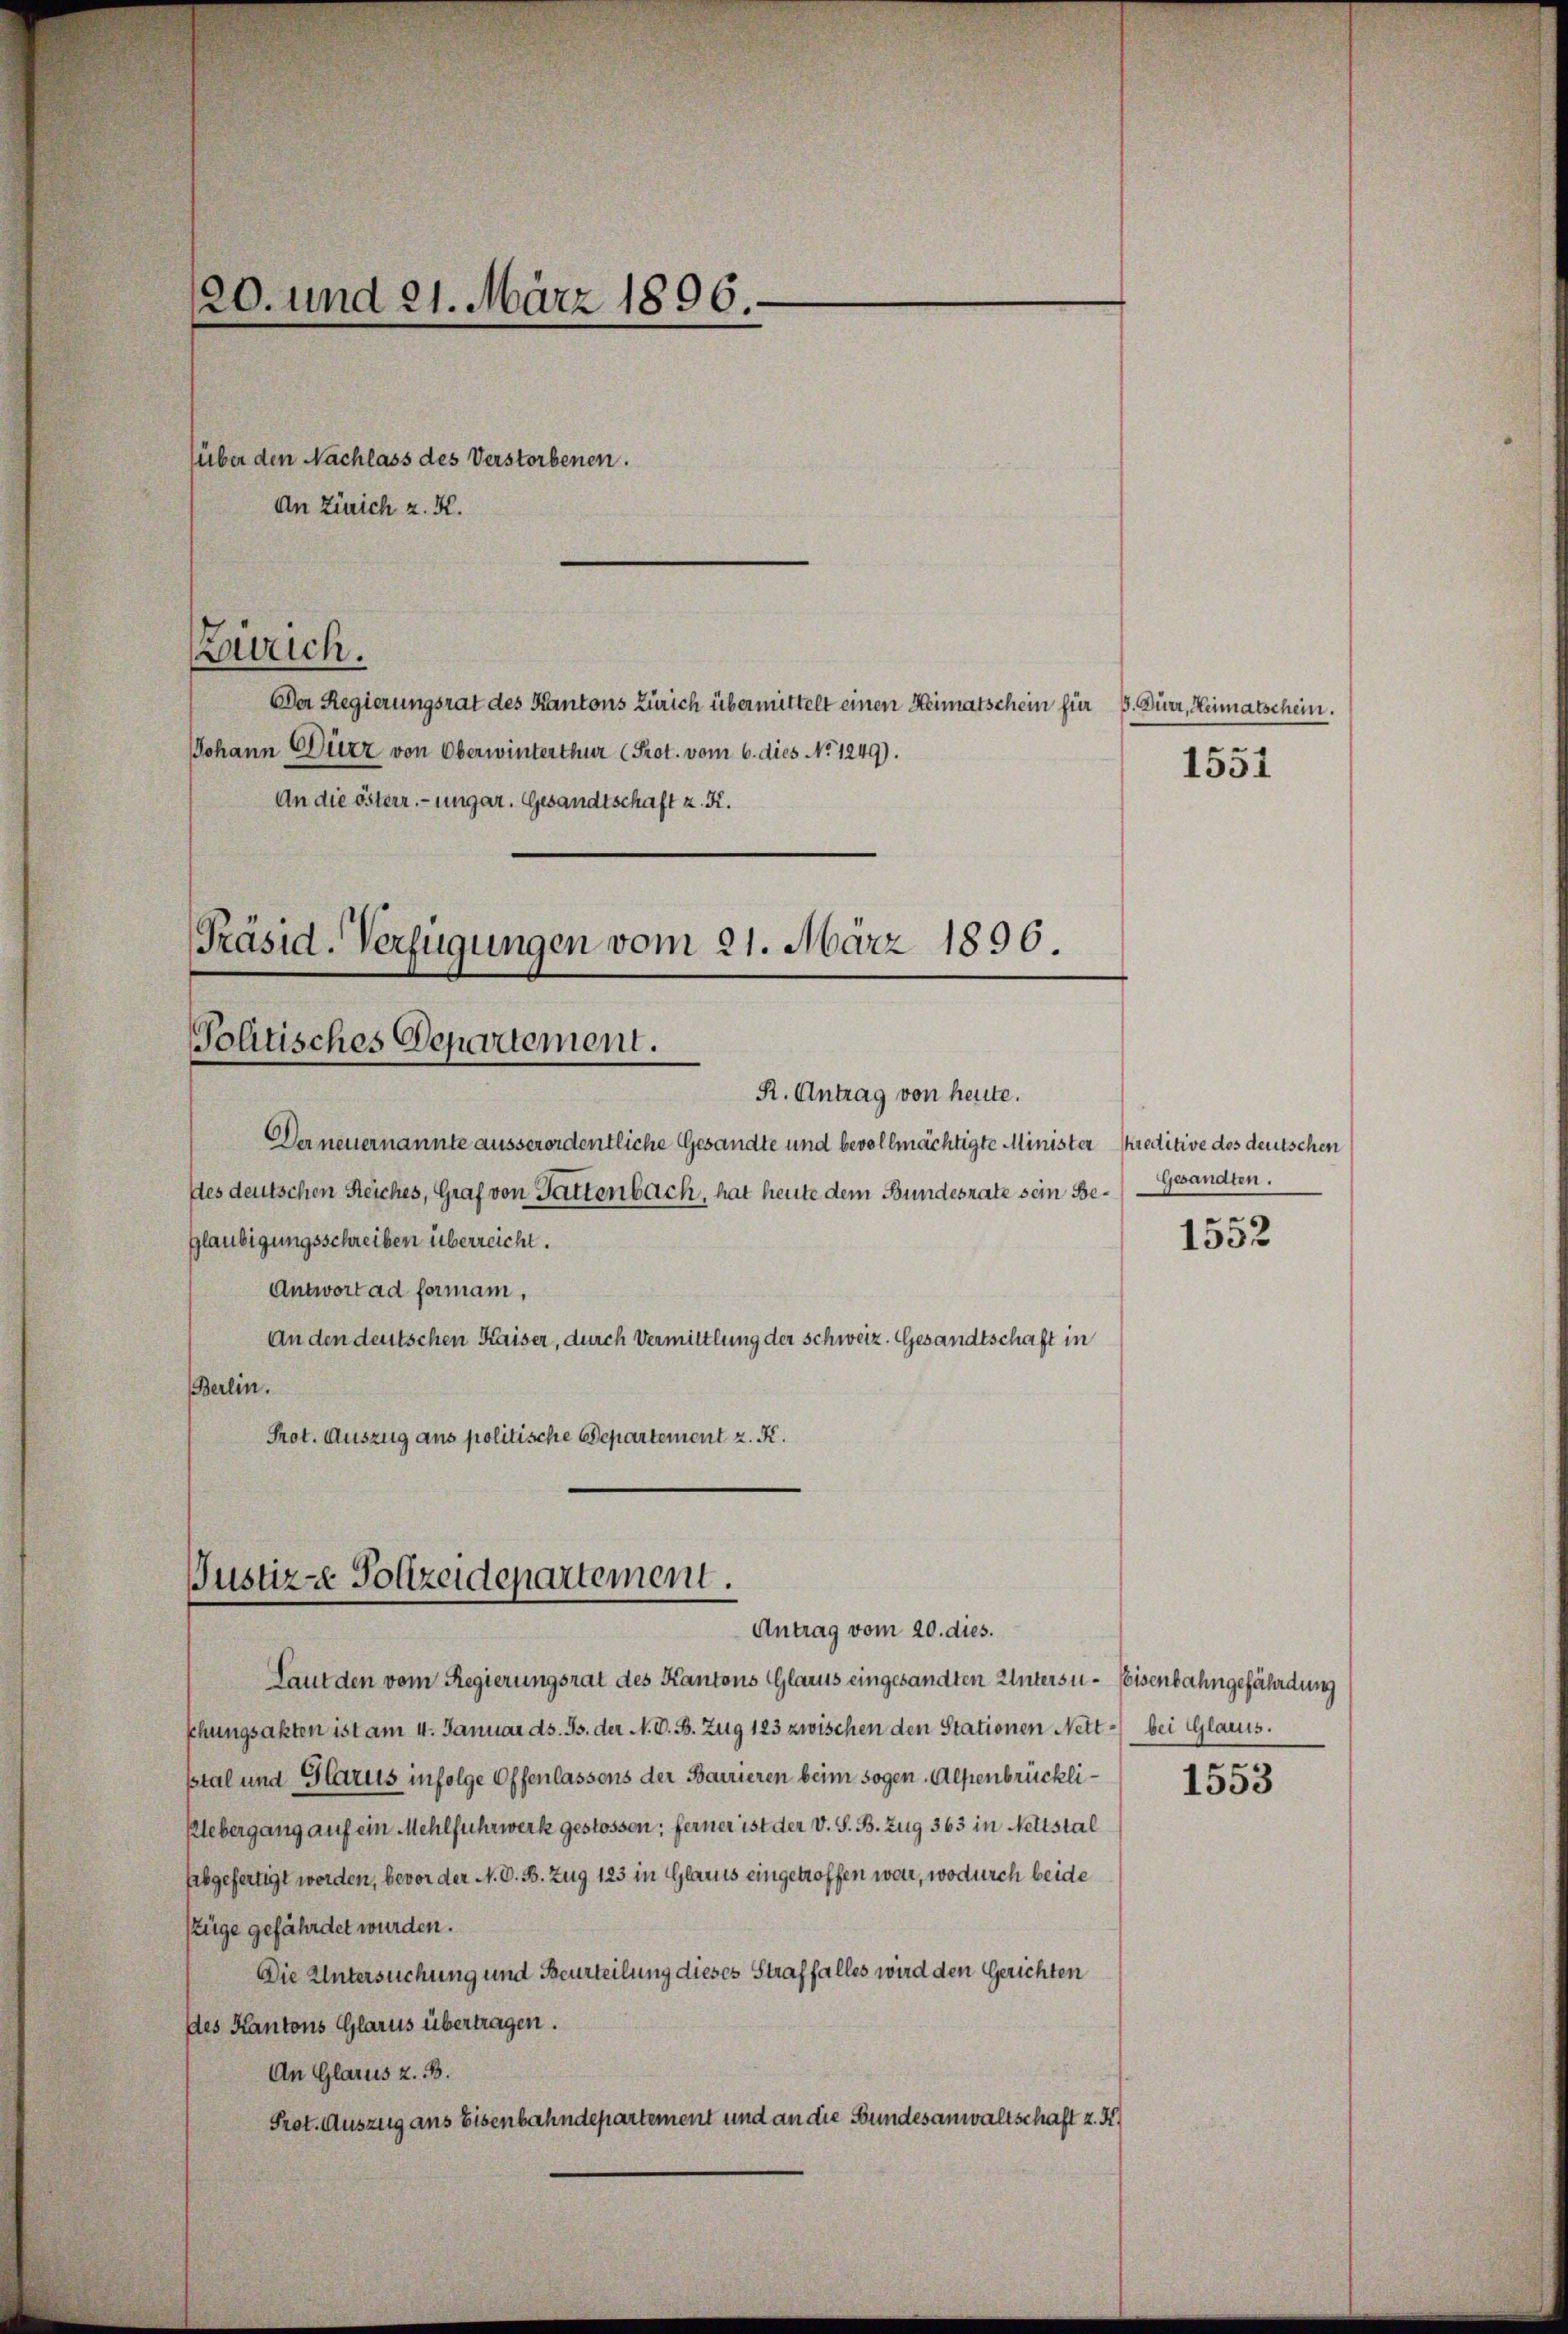
120. und 21. März 1896.
über den Nachlass des Verstorbenen.
An Zürich z. K.

Der Regierungsrat des Kantons Zürich übermittelt einen Heimatschein für 3. Dürr, Heimatschein.
JJohann Dürz von Oberwinterthur (Prot. vom 6. dies No 1249).
An die österr. ungar. Gesandtschaft z. K.
Präsid. Verfügungen vom 21. März 1896.

Zürich.

Politisches Departement.
R. Antrag von heute.

Der neuernannte ausserordentliche Gesandte und bevollmächtigte Minister Kreditive des deutschen
des deutschen Reiches, Graf von Gattenbach, hat heute dem Bundesrate sein Be¬
Gläubigungsschreiben überreicht.
Antwort ad formani,
An den deutschen Kaiser, durch Vermittlung der Schweiz. Gesandtschaft in
Berlin.
Prot. Auszug aus politische Departement z. K.

Justiz-e Polizeidepartement.
Antrag vom 20. dies.

Laut den vom Regierungsrat des Kantons Glarus eingesandten Untersu- Eeisenbahngefährdung
Phungsakten ist am 4. Januar ds. Js. der N. V. B. Zug 123 zwischen den Stationen Nett- bei Glarus.
stal und Glarus infolge Offenlassens der Barrieren beim sogen Alpenbrückli¬
Uebergang auf ein Mehlfuhrwerk gestossen; ferner ist der V. S. B. Zug 363 in Nettstal
abgefertigt werden, bevor der N. O. B. Zug 123 in Glarus eingetroffen war, wodurch beide
züge gefährdet wurden.
Die Untersuchung und Beurteilung dieses Straffalles wird den Gerichten
des Kantons Glarus übertragen.
An Glarus z. B.
Prot. Auszug ans Eisenbahndepartement und an die Bundesanwaltschaft z. H

1551

Gesandten.

1552

1553